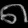
Digit: ၈